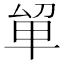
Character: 𭆡